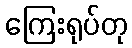
ကြေးရုပ်တု